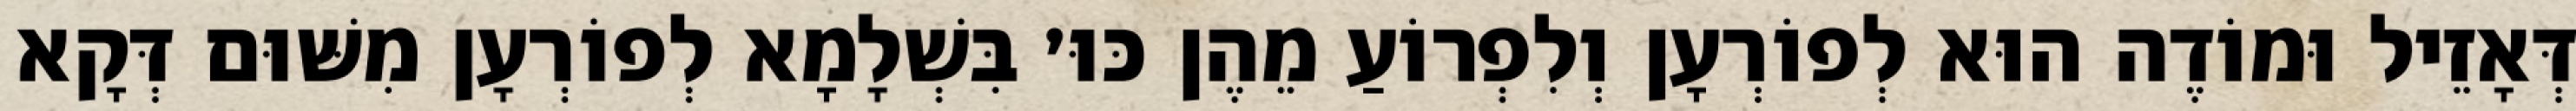
דְּאָזֵיל וּמוֹדֶה הוּא לְפוֹרְעָן וְלִפְרוֹעַ מֵהֶן כּוּ׳ בִּשְׁלָמָא לְפוֹרְעָן מִשּׁוּם דְּקָא